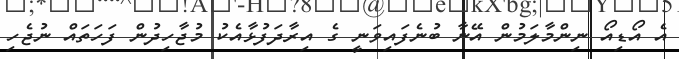
އެ އޯޑިއޯ ނިންމާލަމުން އޭނާ ބުނެފައިވަނީ ގެ އިރާދަފުޅާއެކު މުޖާހިދުން ފަހަތައް ނުޖެހި